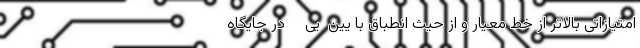
امتیازاتی بالاتر از خط معیار و از حیث انطباق با یین  یی    ‌ در جایگاه